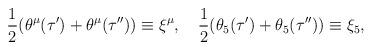
LaTeX: \begin{align*}\frac12(\theta^\mu(\tau')+\theta^\mu(\tau''))\equiv\xi^\mu, \quad\frac12(\theta_5(\tau')+\theta_5(\tau''))\equiv\xi_5, \end{align*}